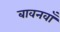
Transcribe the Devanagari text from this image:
बावनवाँ